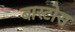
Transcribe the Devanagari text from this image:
बास्टोस